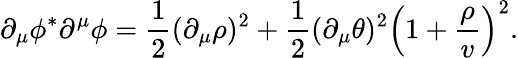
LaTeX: \partial_{\mu}\phi^{*}\partial^{\mu}\phi={\frac{1}{2}}(\partial_{\mu}\rho)^{2}+{\frac{1}{2}}(\partial_{\mu}\theta)^{2}\left(1+{\frac{\rho}{v}}\right)^{2}.